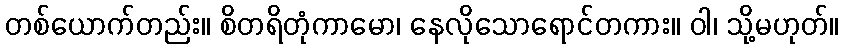
တစ်ယောက်တည်း။ စိတရိတုံကာမော၊ နေလိုသောရောင်တကား။ ဝါ၊ သို့မဟုတ်။